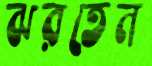
ঝরতেন